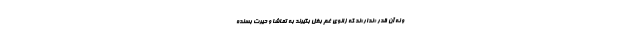
و نه آن قدر «ندار»ند که زانوی غم بغل بگیرند به تماشا و حیرت بسنده